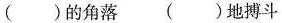
()的角落 ()地搏斗